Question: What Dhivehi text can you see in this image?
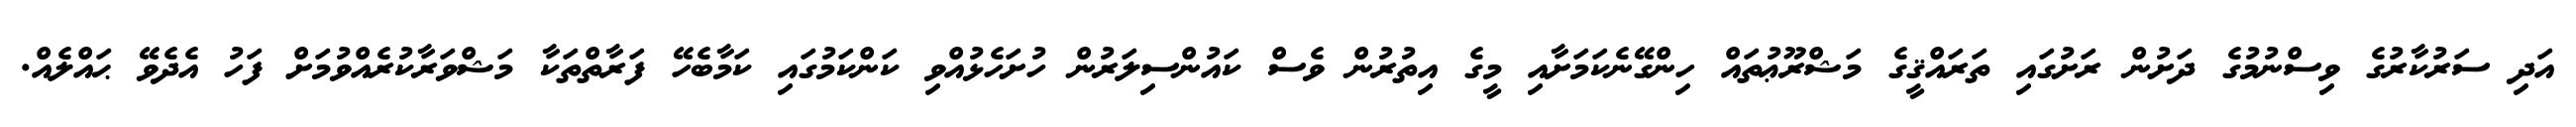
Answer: އަދި ސަރުކާރުގެ ވިސްނުމުގެ ދަށުން ރަށުގައި ތަރައްޤީގެ މަޝްރޫޢުތައް ހިންގޭނެކަމަށާއި މީގެ އިތުރުން ވެސް ކައުންސިލަރުން ހުށަހެޅުއްވި ކަންކަމުގައި ކަމާބެހޭ ފަރާތްތަކާ މަޝްވަރާކުރެއްވުމަށް ފަހު އެދެވޭ ޙައްލެއް.